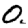
Digit: 0